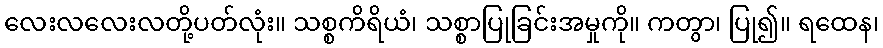
လေးလလေးလတို့ပတ်လုံး။ သစ္စကိရိယံ၊ သစ္စာပြုခြင်းအမှုကို။ ကတွာ၊ ပြု၍။ ရထေန၊